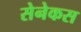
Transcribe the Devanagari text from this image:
सेनेकस